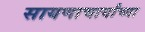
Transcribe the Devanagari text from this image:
सायणाचार्यांच्या